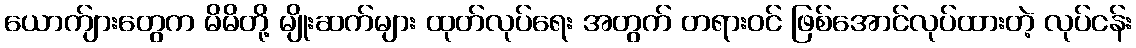
ယောက်ျားတွေက မိမိတို့ မျိုးဆက်များ ထုတ်လုပ်ရေး အတွက် တရားဝင် ဖြစ်အောင်လုပ်ထားတဲ့ လုပ်ငန်း